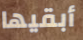
أبقيها